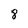
Character: 8